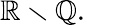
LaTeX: \mathbb{R}\smallsetminus\mathbb{Q}.\quad